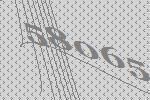
58065